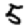
Digit: 5